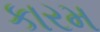
કારમ